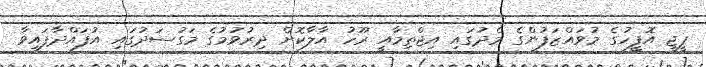
ޕީޖީ އޮފީހުގެ މުވައްޒަފުންގެ މެދުގައި އިޖްތިމާއީ ރޫހު އާލާކޮށް ދިރުވުމުގެ މަގުސަދުގައި އުފައްދާފައިވާ